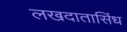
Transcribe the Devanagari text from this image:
लखदातासिंध